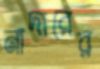
নাদারের